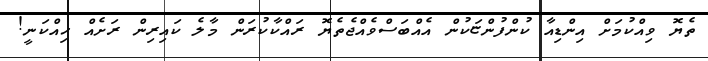
ތެޔޮ ވިއްކުމަށް އިންޑިއާ ކުންފުންޏަކުން އެއްބަސްވެއްޖެތެޔޮ ރައްކާކުރަން މާލެ ކައިރިން ރަށެއް ހިއްކަނީ!